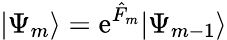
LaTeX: |\Psi_{m}\rangle=\mathrm{e}^{\hat{F}_{m}}|\Psi_{m-1}\rangle